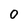
Character: 0